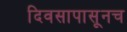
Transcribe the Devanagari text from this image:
दिवसापासूनच